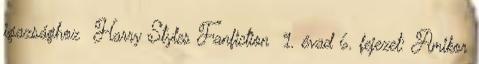
igazsághoz Harry Styles Fanfiction 1. évad 6. fejezet: Amikor